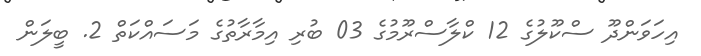
އިހަވަންދޫ ސްކޫލުގެ 12 ކްލާސްރޫމުގެ 03 ބުރި އިމާރާތުގެ މަސައްކަތް 2. ބީލަން